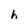
Character: h